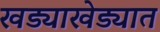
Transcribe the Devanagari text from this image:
खड्याखेड्यात